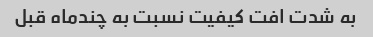
به شدت افت کیفیت نسبت به چندماه قبل